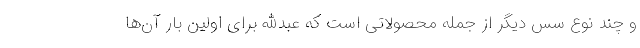
و چند نوع سس دیگر از جمله محصولاتی است که عبدالله برای اولین بار آن‌ها